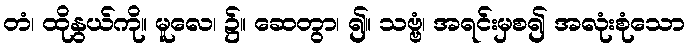
တံ၊ ထိုနွယ်ကို။ မူလေ၊ ၌။ ဆေတွာ၊ ၍။ သဗ္ဗံ၊ အရင်းမှစ၍ အလုံးစုံသော